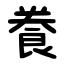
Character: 飬